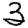
Digit: 3